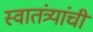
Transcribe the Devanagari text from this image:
स्वातंत्र्यांची